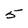
Character: 5